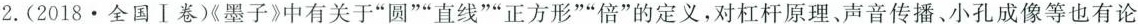
2.(2018.全国Ⅰ卷)《墨子》中有关于“圆”“直线” “正方形”“倍”的定义，对杠杆原理、声音传播、小孔成像等也有论